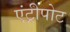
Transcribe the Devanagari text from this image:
एंट्रीपोट